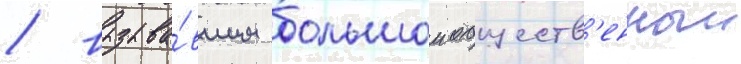
/ вызыва́вшим большои обществ'енныи